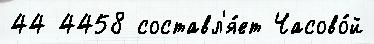
44 4458 составл'я́ет Часово́й